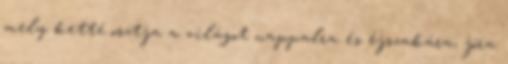
mely ketté osztja a világot nappalra és éjszakára, jóra